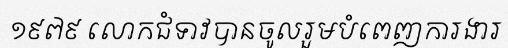
១៩៧៩ លោកជំទាវបានចូលរួមបំពេញការងារ